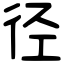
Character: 径